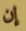
إن